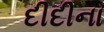
દીદીના